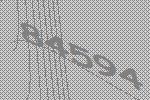
84594